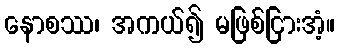
နောစဿ၊ အကယ်၍ မဖြစ်ငြားအံ့။